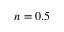
n = 0 . 5